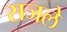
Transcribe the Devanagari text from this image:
सजले